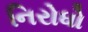
નિરોધો